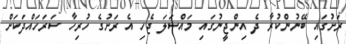
ރަށުގައި ބޭނުންކުރާ ދެ އިންޖީނުގައި މައްސަލަ ޖެހި އެ ރަށުގެ ހުރިހާ ސަރަހައްދަކަށް